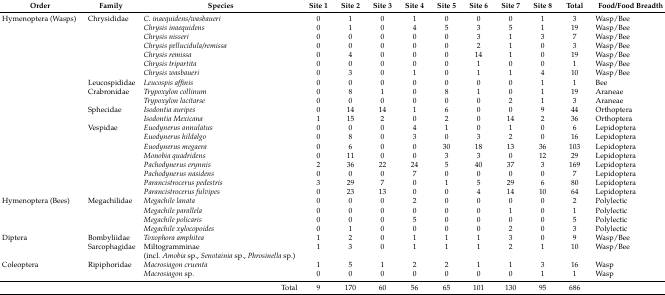
<table><thead><tr><td><b>Order</b></td><td><b>Family</b></td><td><b>Species</b></td><td><b>Site 1</b></td><td><b>Site 2</b></td><td><b>Site 3</b></td><td><b>Site 4</b></td><td><b>Site 5</b></td><td><b>Site 6</b></td><td><b>Site 7</b></td><td><b>Site 8</b></td><td><b>Total</b></td><td><b>Food/Food Breadth</b></td></tr></thead><tbody><tr><td>Hymenoptera (Wasps)</td><td>Chrysididae</td><td><i>C. inaequidens/wasbaueri</i></td><td>0</td><td>1</td><td>0</td><td>1</td><td>0</td><td>0</td><td>0</td><td>1</td><td>3</td><td>Wasp/Bee</td></tr><tr><td></td><td></td><td><i>Chrysis inaequidens</i></td><td>0</td><td>1</td><td>0</td><td>4</td><td>5</td><td>3</td><td>5</td><td>1</td><td>19</td><td>Wasp/Bee</td></tr><tr><td></td><td></td><td><i>Chrysis nisseri</i></td><td>0</td><td>0</td><td>0</td><td>0</td><td>0</td><td>3</td><td>1</td><td>3</td><td>7</td><td>Wasp/Bee</td></tr><tr><td></td><td></td><td><i>Chrysis pellucidula/remissa</i></td><td>0</td><td>0</td><td>0</td><td>0</td><td>0</td><td>2</td><td>1</td><td>0</td><td>3</td><td>Wasp/Bee</td></tr><tr><td></td><td></td><td><i>Chrysis remissa</i></td><td>0</td><td>4</td><td>0</td><td>0</td><td>0</td><td>14</td><td>1</td><td>0</td><td>19</td><td>Wasp/Bee</td></tr><tr><td></td><td></td><td><i>Chrysis tripartita</i></td><td>0</td><td>0</td><td>0</td><td>0</td><td>0</td><td>1</td><td>0</td><td>0</td><td>1</td><td>Wasp/Bee</td></tr><tr><td></td><td></td><td><i>Chrysis wasbaueri</i></td><td>0</td><td>3</td><td>0</td><td>1</td><td>0</td><td>1</td><td>1</td><td>4</td><td>10</td><td>Wasp/Bee</td></tr><tr><td></td><td>Leucospididae</td><td><i>Leucospis affinis</i></td><td>0</td><td>0</td><td>0</td><td>0</td><td>0</td><td>0</td><td>0</td><td>1</td><td>1</td><td>Bee</td></tr><tr><td></td><td>Crabronidae</td><td><i>Trypoxylon collinum</i></td><td>0</td><td>8</td><td>1</td><td>0</td><td>8</td><td>1</td><td>0</td><td>1</td><td>19</td><td>Araneae</td></tr><tr><td></td><td></td><td><i>Trypoxylon lacitarse</i></td><td>0</td><td>0</td><td>0</td><td>0</td><td>0</td><td>0</td><td>2</td><td>1</td><td>3</td><td>Araneae</td></tr><tr><td></td><td>Sphecidae</td><td><i>Isodontia auripes</i></td><td>0</td><td>14</td><td>14</td><td>1</td><td>6</td><td>0</td><td>0</td><td>9</td><td>44</td><td>Orthoptera</td></tr><tr><td></td><td></td><td><i>Isodontia Mexicana</i></td><td>1</td><td>15</td><td>2</td><td>0</td><td>2</td><td>0</td><td>14</td><td>2</td><td>36</td><td>Orthoptera</td></tr><tr><td></td><td>Vespidae</td><td><i>Euodynerus annulatus</i></td><td>0</td><td>0</td><td>0</td><td>4</td><td>1</td><td>0</td><td>1</td><td>0</td><td>6</td><td>Lepidoptera</td></tr><tr><td></td><td></td><td><i>Euodynerus hildalgo</i></td><td>0</td><td>8</td><td>0</td><td>3</td><td>0</td><td>3</td><td>2</td><td>0</td><td>16</td><td>Lepidoptera</td></tr><tr><td></td><td></td><td><i>Euodynerus megaera</i></td><td>0</td><td>6</td><td>0</td><td>0</td><td>30</td><td>18</td><td>13</td><td>36</td><td>103</td><td>Lepidoptera</td></tr><tr><td></td><td></td><td><i>Monobia quadridens</i></td><td>0</td><td>11</td><td>0</td><td>0</td><td>3</td><td>3</td><td>0</td><td>12</td><td>29</td><td>Lepidoptera</td></tr><tr><td></td><td></td><td><i>Pachodynerus erynnis</i></td><td>2</td><td>36</td><td>22</td><td>24</td><td>5</td><td>40</td><td>37</td><td>3</td><td>169</td><td>Lepidoptera</td></tr><tr><td></td><td></td><td><i>Pachodynerus nasidens</i></td><td>0</td><td>0</td><td>0</td><td>7</td><td>0</td><td>0</td><td>0</td><td>0</td><td>7</td><td>Lepidoptera</td></tr><tr><td></td><td></td><td><i>Parancistrocerus pedestris</i></td><td>3</td><td>29</td><td>7</td><td>0</td><td>1</td><td>5</td><td>29</td><td>6</td><td>80</td><td>Lepidoptera</td></tr><tr><td></td><td></td><td><i>Parancistrocerus fulvipes</i></td><td>0</td><td>23</td><td>13</td><td>0</td><td>0</td><td>4</td><td>14</td><td>10</td><td>64</td><td>Lepidoptera</td></tr><tr><td>Hymenoptera (Bees)</td><td>Megachilidae</td><td><i>Megachile lanata</i></td><td>0</td><td>0</td><td>0</td><td>2</td><td>0</td><td>0</td><td>0</td><td>0</td><td>2</td><td>Polylectic</td></tr><tr><td></td><td></td><td><i>Megachile parallela</i></td><td>0</td><td>0</td><td>0</td><td>0</td><td>0</td><td>0</td><td>1</td><td>0</td><td>1</td><td>Polylectic</td></tr><tr><td></td><td></td><td><i>Megachile policaris</i></td><td>0</td><td>0</td><td>0</td><td>5</td><td>0</td><td>0</td><td>0</td><td>0</td><td>5</td><td>Polylectic</td></tr><tr><td></td><td></td><td><i>Megachile xylocopoides</i></td><td>0</td><td>1</td><td>0</td><td>0</td><td>0</td><td>0</td><td>2</td><td>0</td><td>3</td><td>Polylectic</td></tr><tr><td>Diptera</td><td>Bombyliidae</td><td><i>Toxophora amphitea</i></td><td>1</td><td>2</td><td>0</td><td>1</td><td>1</td><td>1</td><td>3</td><td>0</td><td>9</td><td>Wasp/Bee</td></tr><tr><td></td><td>Sarcophagidae</td><td>Miltogramminae </td><td>1</td><td>3</td><td>0</td><td>1</td><td>1</td><td>1</td><td>2</td><td>1</td><td>10</td><td>Wasp/Bee</td></tr><tr><td></td><td></td><td>(incl. <i>Amobia</i> sp., <i>Senotainia</i> sp., <i>Phrosinella</i> sp.)</td><td></td><td></td><td></td><td></td><td></td><td></td><td></td><td></td><td></td><td></td></tr><tr><td>Coleoptera</td><td>Ripiphoridae</td><td><i>Macrosiagon cruenta</i></td><td>1</td><td>5</td><td>1</td><td>2</td><td>2</td><td>1</td><td>1</td><td>3</td><td>16</td><td>Wasp</td></tr><tr><td></td><td></td><td><i>Macrosiagon</i> sp.</td><td>0</td><td>0</td><td>0</td><td>0</td><td>0</td><td>0</td><td>0</td><td>1</td><td>1</td><td>Wasp</td></tr><tr><td></td><td></td><td>Total</td><td>9</td><td>170</td><td>60</td><td>56</td><td>65</td><td>101</td><td>130</td><td>95</td><td>686</td><td></td></tr></tbody></table>